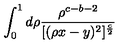
\int _ { 0 } ^ { 1 } d \rho \frac { \rho ^ { c - b - 2 } } { [ ( \rho x - y ) ^ { 2 } ] ^ { \frac { c } { 2 } } }